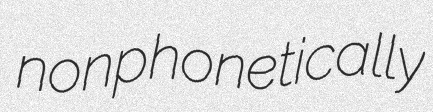
nonphonetically